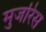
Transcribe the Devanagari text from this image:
मुजरिस